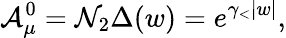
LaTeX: {\cal A}_{\mu}^{0}={\cal N}_{2}\Delta(w)=e^{\gamma_{<}|w|},